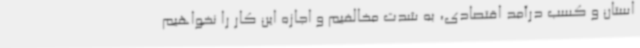
استان و کسب درآمد اقتصادی، به شدت ‌مخالفیم و اجازه این کار را نخواهیم